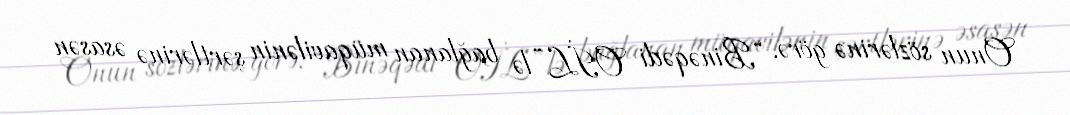
Onun sözlərinə görə, “Binəqədi OİL”lə bağlanan müqavilənin şərtlərinə əsasən